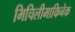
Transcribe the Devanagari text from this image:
मिचिलीमाकिनेक